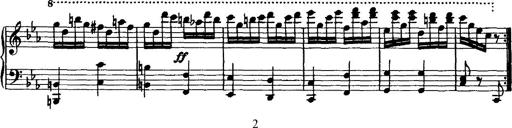
Title: Variation Ã¼ber einen Walzer von Diabelli
Composer: Franz Liszt